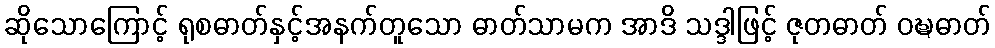
ဆိုသောကြောင့် ရုစဓာတ်နှင့်အနက်တူသော ဓာတ်သာမက အာဒိ သဒ္ဒါဖြင့် ဇုတဓာတ် ဝဍ္ဎဓာတ်